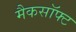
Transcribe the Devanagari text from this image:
मैकसॉफ्ट